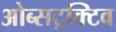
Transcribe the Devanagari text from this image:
ओब्सट्रक्टिव